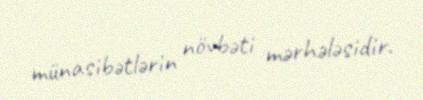
münasibətlərin növbəti mərhələsidir.